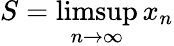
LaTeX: S=\operatorname*{limsup}_{n\to\infty}x_{n}